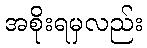
အစိုးရမှလည်း